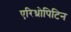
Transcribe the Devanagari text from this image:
एरिथ्रोपिटिन